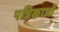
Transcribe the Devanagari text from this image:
पत्रिकाओं